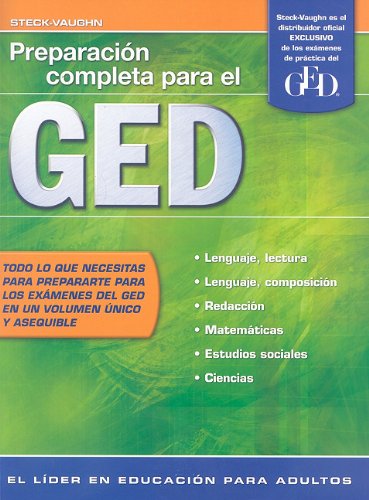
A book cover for Steck-Vaughn GED, Spanish: Student Edition Preparaci?n completa para el GED (Spanish Edition); STECK-VAUGHN; Test Preparation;